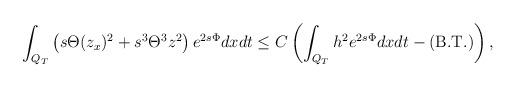
LaTeX: \begin{align*}\begin{aligned}\int_{Q_T} \left(s\Theta (z_x)^2 + s^3 \Theta^3 z^2\right)e^{2s\Phi}dxdt\le C\left(\int_{Q_T} h^{2}e^{2s\Phi}dxdt -(\mbox{B.T.})\right),\end{aligned}\end{align*}